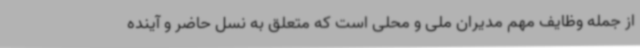
از جمله وظایف مهم مدیران ملی و محلی است که متعلق به نسل حاضر و آینده